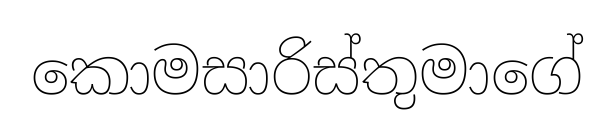
කොමසාරිස්තුමාගේ